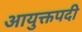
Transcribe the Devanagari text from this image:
आयुक्तपदी